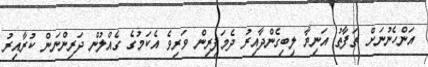
އަންހެނުނަށް ތަފާތު އަނިޔާ ލިބިގެންދާއިރު ދެމަފިރިން ވަރިވެ އެކަމުގެ ގެއްލުން ދަރިންނަން ކުރާއިރު